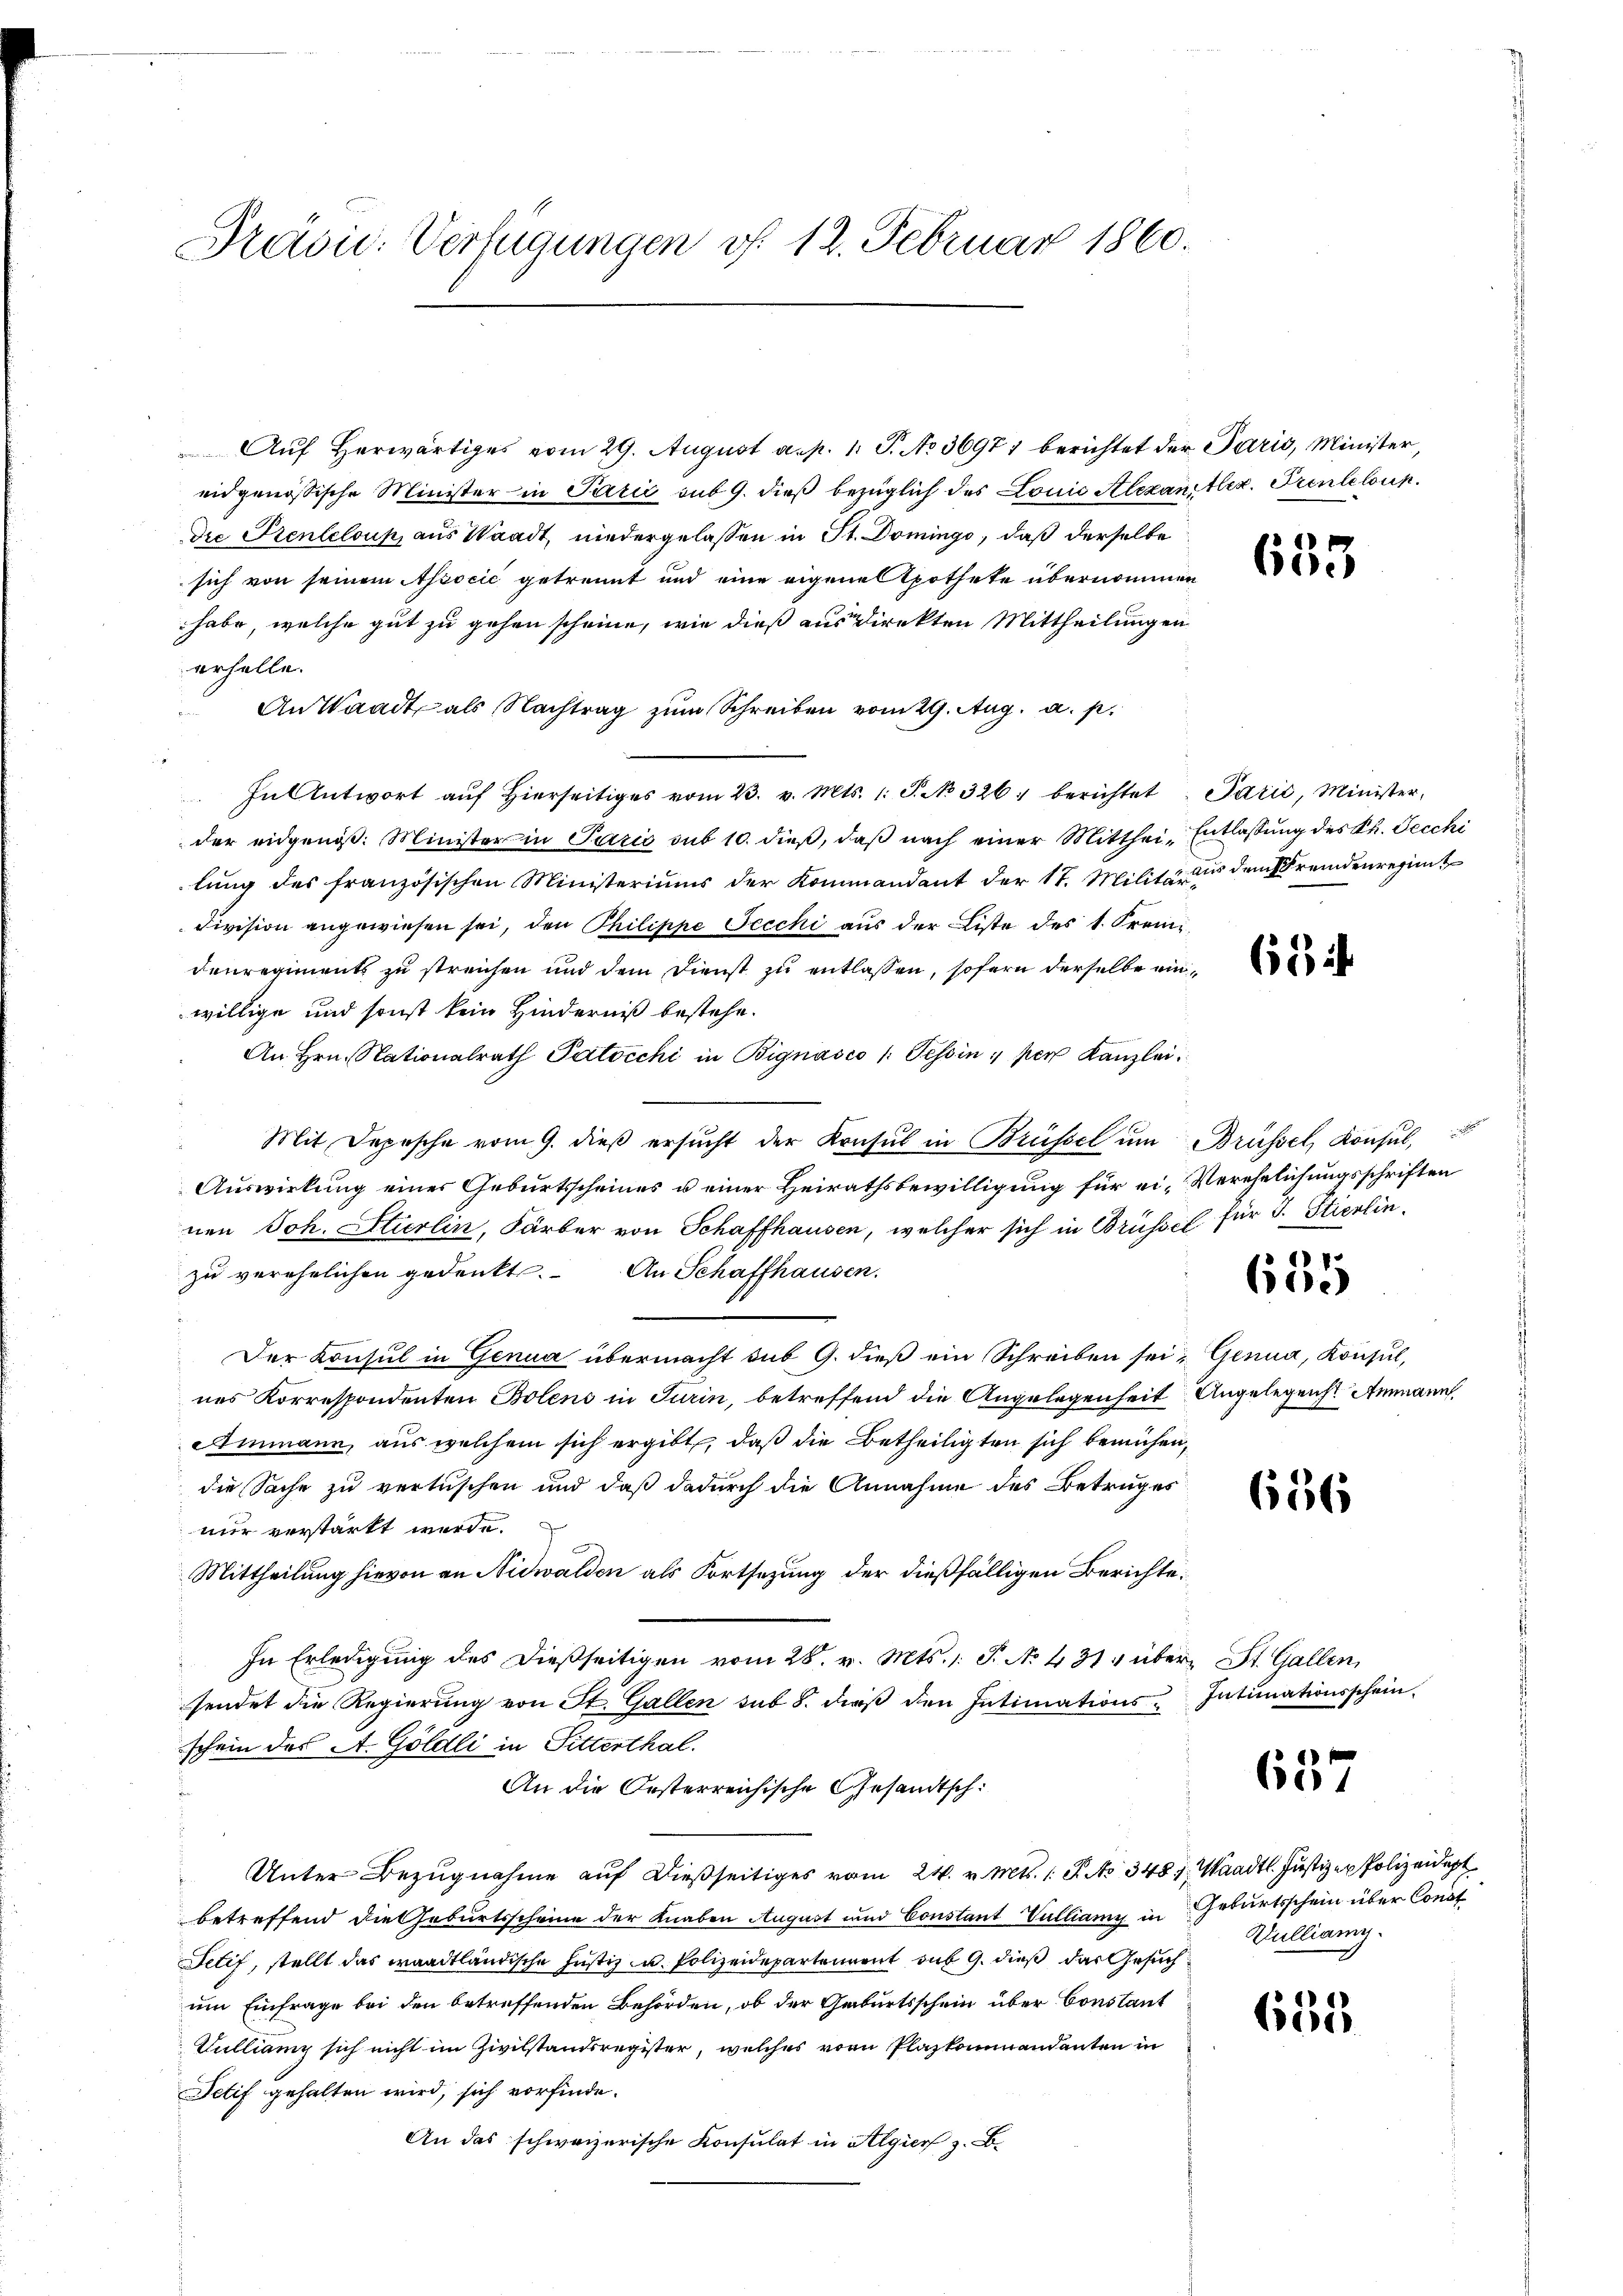
Pravić-Verfügungen v. 12. Februar 1860.

Auf Herwärtiges vom 29. August a. p. 1. J. No 36971 berichtet der Paris, Minister,
eidgenössische Minister in Parić sub 9. dieß bezüglich des Louić Alexaniller. Prenteloup
Die Prenteloup, aus Waadt, niedergelassen in St. Domingo, daß derselbe
sich von seinem Associć getrennt und eine eigene Spothete übernommen
habe, welche gut zu gehen scheine, wie dieß aus direkten Mittheilungen
erhelle.
An Waadt als Nachtrag zum Schreiben vom 29. Aug. a. p.
In Antwort aŭf hierseitiges vom 23. v. Mts. 1. P. No. 326. berichtet. Parić, Minister-
der eidgenöß. Minister in Paris sub 10. dieß, daß nach einer Mitthei- Entlassung des Ph. Decchi
lung des französischen Ministeriums der Kommandant der 17. Militäraus dem Fremdenregimt
Division angewiesen sei, den Philippe Jecchi aus der Liste des 1. Fremi
denregiments zu streichen und dem Dienst zu entlassen, sofern derselbe einwillige und sonst kein Hinderniß bestehe.
An Hrn. Stationalrath Patocchi in Bignasco /: Tessin, per Kanzlei.
Mit Depesche vom 9. dieβ ersŭcht der Konsul in Brüssel um Brüssel, Konsul,
Auswirkung einer Geburtsscheines u einer Heirathsbewilligung für ei-Verehelichungsschriften
nen Joh. Ettierlin, Färber von Schaffhausen, welcher sich in Brüssel für 3. Stierlin.
zu verehelichen gedenkt. An Schaffhausen.
Der Konsul in Genua übermacht sub 9. dieß ein Schreiben sei; Genua, Konsul,
nes Korrespondenten Bolens in Turin, betreffend die Angelegenheit Angelegenst Ammann,
Ammann, aus welchem sich ergibt, daß die Betheiligten sich bemühen,
die Sache zu verlischen und daß dadurch die Annahme des Betruges
nur verstärkt werde.
Mittheilung hievon an Nidwalden als Fortsetzung der dießfälligen Berichte:
In Erledigung des dießseitigen vom 28. v. Mts. 1. P. No 431 über St. Gallen,
sendet die Regierŭng von St. Gallen sub 8. dieβ den Intimations-Intimationsschein.
schein des A. Göldli in Fitterthal.
An die Oesterreichische Gesandtsch:
Unter Bezugnahme auf dießseitiges vom 24. v. Mts. 1 S. No 3481. Waadt. Justiz - Polizeidigt
betreffend die Geburtsscheine der Knaben August und Constant Vulliany in Geburtsschein über Const
Tetif, stellt das waadtländische Justiz u. Polizeidepartement sub 9. dieß das Gesuchum Einfrage bei den betreffenden Behörden, ob der Geburtsschein über Constant
Kulliam sich nicht im Zivilstandsregister, welches von Plazkommandanten in
Sctif gehalten wird, sich vorfinde.
An das schweizerische Konsulat in Algier z. B.

653

68

1
60.)

656

637

Dulliamy.

635